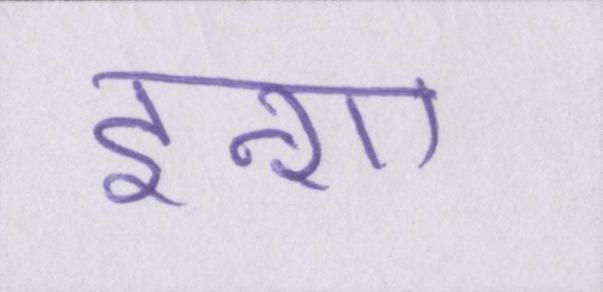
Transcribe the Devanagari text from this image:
इन्शा